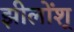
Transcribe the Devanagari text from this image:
झीलोंश्